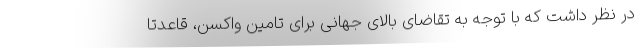
در نظر داشت که با توجه به تقاضای بالای جهانی برای تامین واکسن، قاعدتا